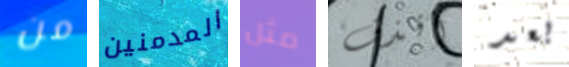
من المدمنين مثل أقذف بعد